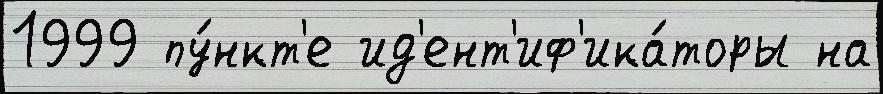
1999 пу́нкт'е ид'ент'иф'ика́торы на